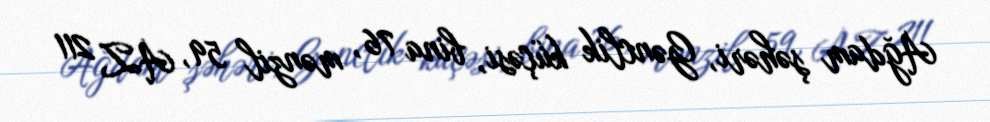
Ağdam şəhəri, Gənclik küçəsi, bina 76, mənzil 59, AZ 211